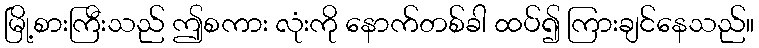
မြို့စားကြီးသည် ဤစကား လုံးကို နောက်တစ်ခါ ထပ်၍ ကြားချင်နေသည်။